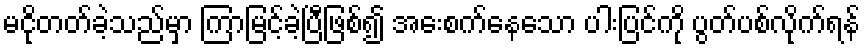
မငိုတတ်ခဲ့သည်မှာ ကြာမြင့်ခဲ့ပြီဖြစ်၍ အေးစက်နေသော ပါးပြင်ကို ပွတ်ပစ်လိုက်ရန်